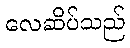
လေဆိပ်သည်